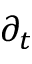
\partial _ { t }